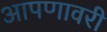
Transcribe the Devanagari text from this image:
आपणावरी